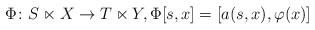
LaTeX: \begin{align*}\Phi\colon S\ltimes X\to T\ltimes Y,\Phi[s,x]=[a(s,x),\varphi(x)]\end{align*}